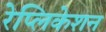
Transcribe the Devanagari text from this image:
रेप्लिकेशन